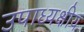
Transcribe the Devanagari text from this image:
उपाध्यक्षीय